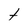
Character: t